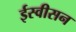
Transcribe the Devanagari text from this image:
ईस्वीसन